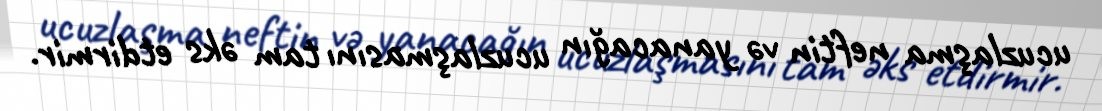
ucuzlaşma neftin və yanacağın ucuzlaşmasını tam əks etdirmir.